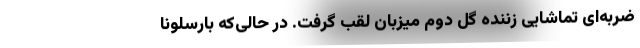
ضربه‌ای تماشایی زننده گل دوم میزبان لقب گرفت. در حالی‌که بارسلونا